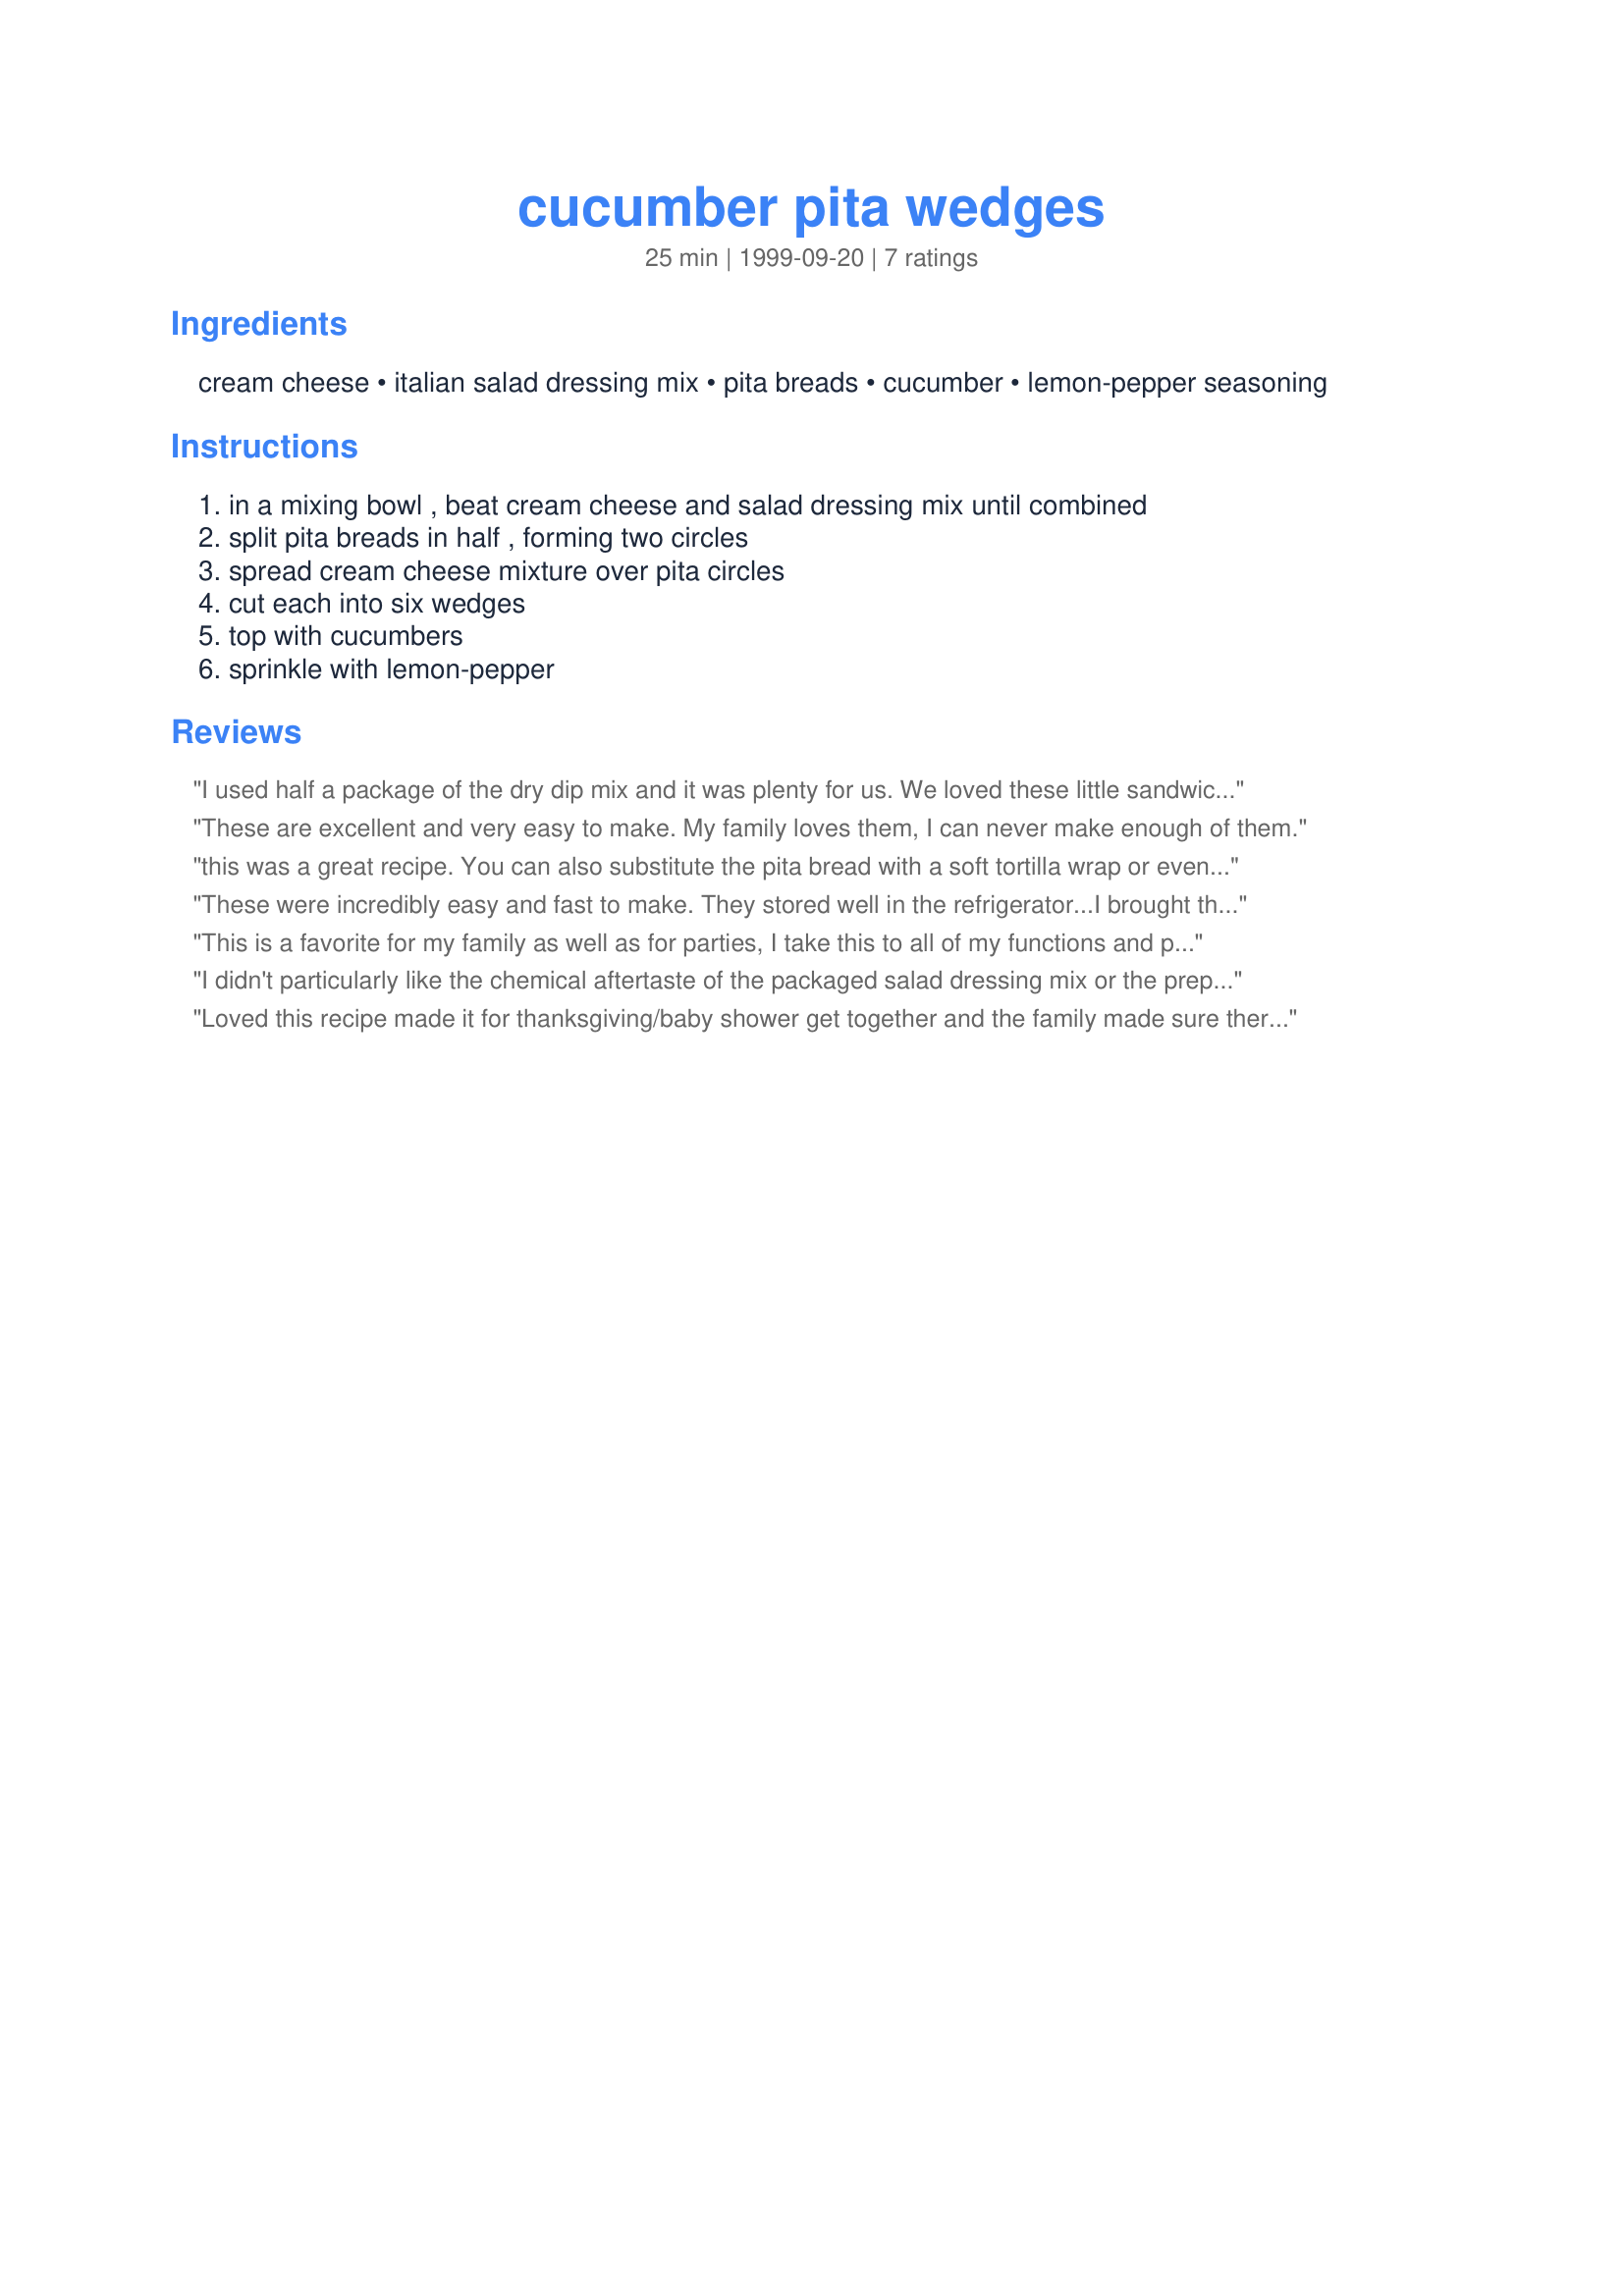
cucumber pita wedges
Preparation time: 25 minutes

Ingredients:
cream cheese, italian salad dressing mix, pita breads, cucumber, lemon-pepper seasoning

Steps:
in a mixing bowl , beat cream cheese and salad dressing mix until combined, split pita breads in half , forming two circles, spread cream cheese mixture over pita circles, cut each into six wedges, top with cucumbers, sprinkle with lemon-pepper

Reviews:
I used half a package of the dry dip mix and it was plenty for us. We loved these little sandwiches and will enjoy them again!
These are excellent and very easy to make. My family loves them, I can never make enough of them.
this was a great recipe. You can also substitute the pita bread with a soft tortilla wrap or even just crackers. Also you can substitute the lemon-pepper with garlic pepper.
These were incredibly easy and fast to make. They stored well in the refrigerator...I brought them to my organization's holiday potluck on a nice paper plate. They all went quickly, so there was no cleanup or any leftovers to take back home. PS--my coworkers liked them!
This is a favorite for my family as well as for parties, I take this to all of my functions and people go crazy. I even just took it to a girl scout meeting and the girl scouts ate it all up. I have even substituted ranch dressing mix for the Italian and it worked out wonderfully.
I didn't particularly like the chemical aftertaste of the packaged salad dressing mix or the prepared lemon-pepper seasoning. It's a good concept, though and I will probably play with the idea and my own natural seasonings.
Loved this recipe made it for thanksgiving/baby shower get together and the family made sure there was none left i'm glad i sampled some before we got to the party.
